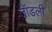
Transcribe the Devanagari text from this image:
जॉडली